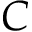
C